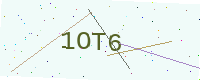
Text: 1OT6